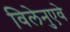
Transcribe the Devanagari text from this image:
विलेनुएवे